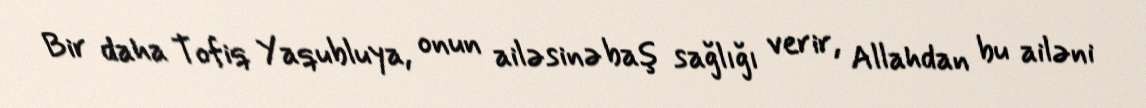
Bir daha Tofiq Yaqubluya, onun ailəsinə baş sağlığı verir, Allahdan bu ailəni